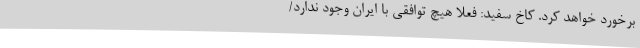
برخورد خواهد کرد. کاخ سفید: فعلا هیچ توافقی با ایران وجود ندارد/